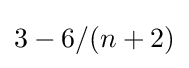
3-6/(n+2)